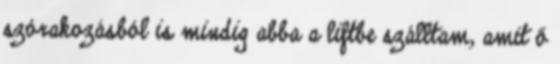
szórakozásból is mindig abba a liftbe szálltam, amit ő